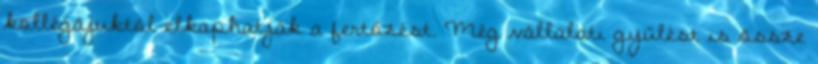
kollégájuktól elkaphatják a fertőzést. Még vállalati gyűlést is össze